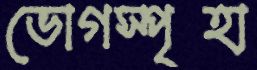
ভোগস্পৃহা